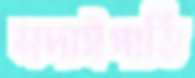
সদাইপাতি